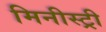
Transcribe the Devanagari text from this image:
मिनीस्‍ट्री